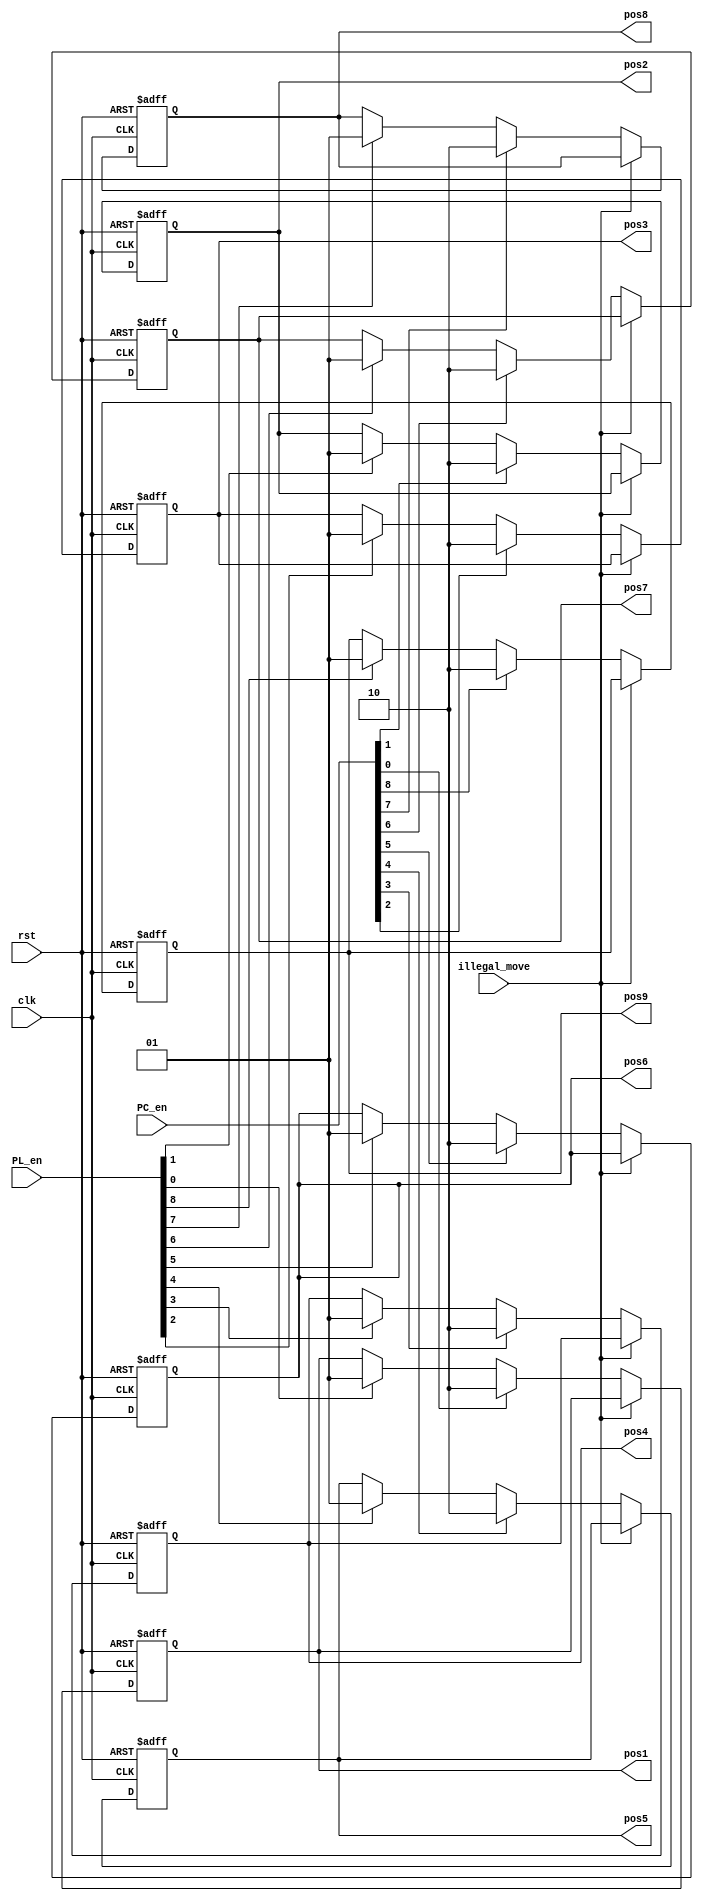
module position_reg(clk, rst, illegal_move, PC_en, PL_en, pos1,pos2,pos3,pos4,pos5,pos6,pos7,pos8,pos9);
input clk, rst, illegal_move;
input [8:0] PC_en, PL_en;
output reg [1:0] pos1, pos2, pos3, pos4, pos5, pos6, pos7, pos8, pos9;

//position1
always@(posedge clk or posedge rst)
begin
 if(rst)
 pos1 <= 2'b00;
 else begin
 if(illegal_move==1'b1)
    pos1 <= pos1;// keep previous position
   else if(PC_en[0]==1'b1)
    pos1 <= 2'b10; // store computer data 
   else if (PL_en[0]==1'b1)
    pos1 <= 2'b01;// store player data 
   else 
    pos1 <= pos1;// keep previous position
  end 
 end 

//postion 2

always@(posedge clk or posedge rst)
begin
 if(rst)
 pos2 <= 2'b00;
  else begin
   if(illegal_move==1'b1)
    pos2 <= pos2;// keep previous position
   else if(PC_en[1]==1'b1)
    pos2 <= 2'b10; // store computer data 
   else if (PL_en[1]==1'b1)
    pos2 <= 2'b01;// store player data 
   else 
    pos2 <= pos2;// keep previous position
  end 
 end 

//position3

always@(posedge clk or posedge rst)
begin
 if(rst)
 pos3 <= 2'b00;
  else begin
   if(illegal_move==1'b1)
    pos3 <= pos3;// keep previous position
   else if(PC_en[2]==1'b1)
    pos3 <= 2'b10; // store computer data 
   else if (PL_en[2]==1'b1)
    pos3 <= 2'b01;// store player data 
   else 
    pos3 <= pos3;// keep previous position
  end 
 end  

//postion 4
always@(posedge clk or posedge rst)
begin
 if(rst)
 pos4 <= 2'b00;
  else begin
   if(illegal_move==1'b1)
    pos4 <= pos4;// keep previous position
   else if(PC_en[3]==1'b1)
    pos4 <= 2'b10; // store computer data 
   else if (PL_en[3]==1'b1)
    pos4 <= 2'b01;// store player data 
   else 
    pos4 <= pos4;// keep previous position
  end 
 end 

//p5
always@(posedge clk or posedge rst)
begin
 if(rst)
 pos5 <= 2'b00;
  else begin
   if(illegal_move==1'b1)
    pos5 <= pos5;// keep previous position
   else if(PC_en[4]==1'b1)
    pos5 <= 2'b10; // store computer data 
   else if (PL_en[4]==1'b1)
    pos5 <= 2'b01;// store player data 
   else 
    pos5 <= pos5;// keep previous position
  end 
 end 

//p6
always@(posedge clk or posedge rst)
begin
 if(rst)
 pos6 <= 2'b00;
  else begin
   if(illegal_move==1'b1)
    pos6 <= pos6;// keep previous position
   else if(PC_en[5]==1'b1)
    pos6 <= 2'b10; // store computer data 
   else if (PL_en[5]==1'b1)
    pos6 <= 2'b01;// store player data 
   else 
    pos6 <= pos6;// keep previous position
  end 
 end 


//p7
always@(posedge clk or posedge rst)
begin
 if(rst)
   pos7 <= 2'b00;
  else begin
   if(illegal_move==1'b1)
    pos7 <= pos7;// keep previous position
   else if(PC_en[6]==1'b1)
    pos7 <= 2'b10; // store computer data 
   else if (PL_en[6]==1'b1)
    pos7 <= 2'b01;// store player data 
   else 
    pos7 <= pos7;// keep previous position
  end 
 end 
//p8
always@(posedge clk or posedge rst)
begin
 if(rst)
 pos8 <= 2'b00;
  else begin
   if(illegal_move==1'b1)
    pos8 <= pos8;// keep previous position
   else if(PC_en[7]==1'b1)
    pos8 <= 2'b10; // store computer data 
   else if (PL_en[7]==1'b1)
    pos8 <= 2'b01;// store player data 
   else 
    pos8 <= pos8;// keep previous position
  end 
 end 
//p9
always@(posedge clk or posedge rst)
begin
 if(rst)
   pos9 <= 2'b00;
  else begin
   if(illegal_move==1'b1)
    pos9 <= pos9;// keep previous position
   else if(PC_en[8]==1'b1)
    pos9 <= 2'b10; // store computer data 
   else if (PL_en[8]==1'b1)
    pos9 <= 2'b01;// store player data 
   else 
    pos9 <= pos9;// keep previous position
  end 
 end  
endmodule